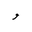
Letter: _waw